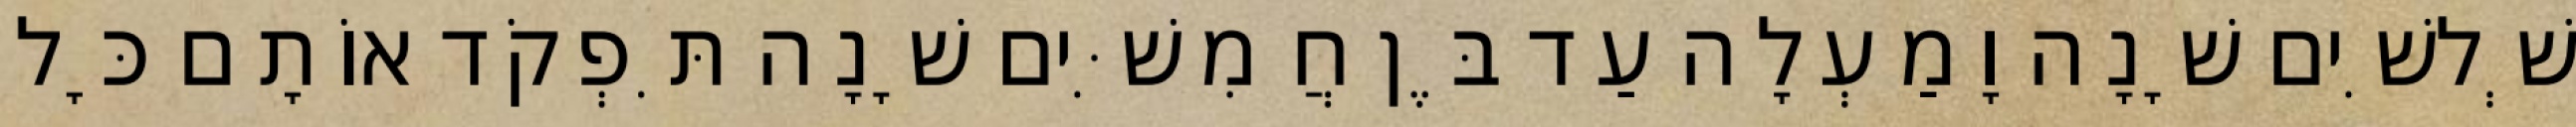
שְׁלשִׁים שָׁנָה וָמַעְלָה עַד בֶּן חֲמִשִּׁים שָׁנָה תִּפְקֹד אוֹתָם כָּל